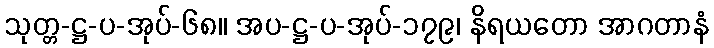
သုတ္တ-ဋ္ဌ-ပ-အုပ်-၆၈။ အပ-ဋ္ဌ-ပ-အုပ်-၁၇၉၊ နိရယတော အာဂတာနံ